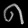
Digit: ၈